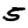
Digit: 5